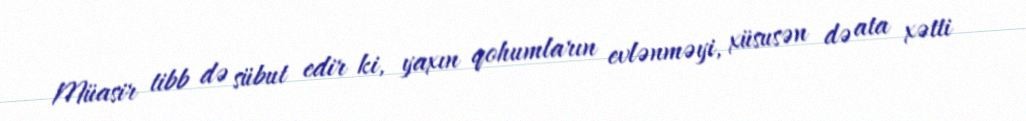
Müasir tibb də sübut edir ki, yaxın qohumların evlənməyi, xüsusən də ata xətti